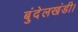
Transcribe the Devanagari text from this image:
बुंदेलखंडी।